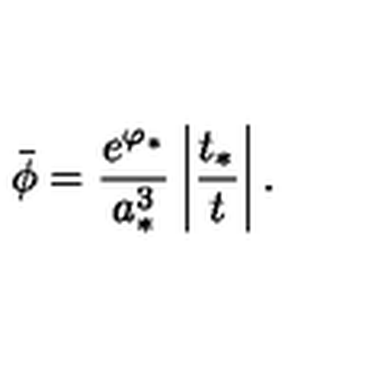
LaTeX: \bar { \phi } = { \frac { e ^ { \varphi _ { * } } } { a _ { * } ^ { 3 } } } \left| { \frac { t _ { * } } { t } } \right| .